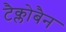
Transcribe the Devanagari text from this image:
टैक्लोबैन